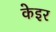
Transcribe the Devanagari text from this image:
केइर